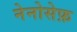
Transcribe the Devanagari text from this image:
नेनोसेफ़